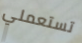
تستعملي